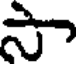
స